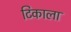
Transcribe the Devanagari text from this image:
टिकाला